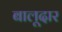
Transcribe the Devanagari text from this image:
बालूदार